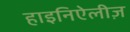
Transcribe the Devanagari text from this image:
हाइनिऐलीज़